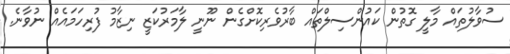
ސުވާލުތައް މާލީ ގޮތުން ކައުންސިލްތައް ބާރުވެރިކޮށްގެން ނޫނީ ލާމަރުކަޒީ ނިޒާމު ފުރިހަމައެއް ނުވާނެ.